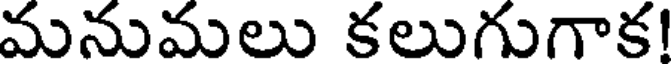
మనుమలు కలుగుగాక!